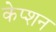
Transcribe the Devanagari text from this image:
केप्‍शन